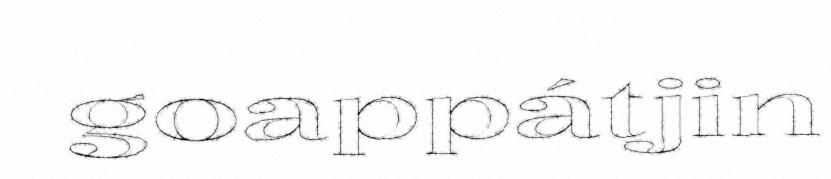
goappátjin